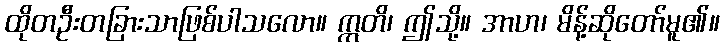
ထိုတဦးတခြားသာဖြစ်ပါသလော။ ဣတိ၊ ဤသို့။ အာဟ၊ မိန့်ဆိုတော်မူ၏။